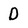
Character: D